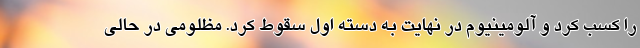
را کسب کرد و آلومینیوم در نهایت به دسته اول سقوط کرد. مظلومی در حالی